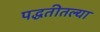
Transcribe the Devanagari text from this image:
पद्धतीतल्या